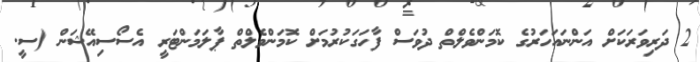
2 ދަރިވަރަކަށް އަންނައަހަރުގެ ކޮމަންވެލްތް ދުވަސް ފާހަގަކުރުމަށް ކޮމަންވެލްތް ޕާލަމަންޓަރީ އެސޯސިއޭޝަން (ސީ.